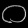
Digit: ၀